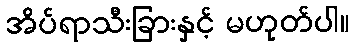
အိပ်ရာသီးခြားနှင့် မဟုတ်ပါ။